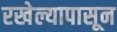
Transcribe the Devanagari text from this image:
रखेल्यापासून